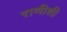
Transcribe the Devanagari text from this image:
राणीशी